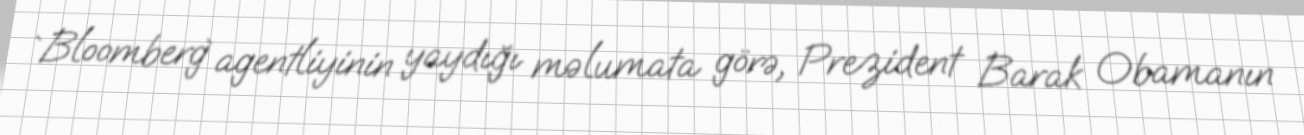
`Bloomberg` agentliyinin yaydığı məlumata görə, Prezident Barak Obamanın